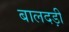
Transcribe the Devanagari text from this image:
बालदड़ी